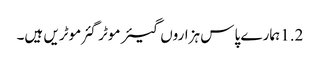
1.2 ہمارے پاس ہزاروں گیئر موٹر گئر موٹریں ہیں۔